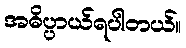
အဓိပ္ပာယ်ရပါတယ်။